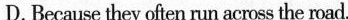
D. Because they often run across the road.